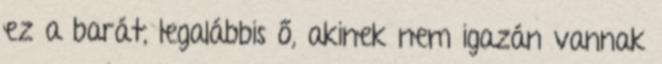
ez a barát, legalábbis ő, akinek nem igazán vannak